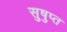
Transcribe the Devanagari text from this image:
सुषुप्‍त